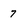
Character: 7